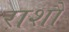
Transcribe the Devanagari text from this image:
राशौ